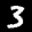
Label: 3